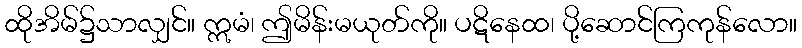
ထိုအိမ်၌သာလျှင်။ ဣမံ၊ ဤမိန်းမယုတ်ကို။ ပဋိနေထ၊ ပို့ဆောင်ကြကုန်လော။